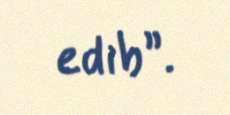
edib”.